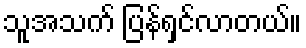
သူအသက် ပြန်ရှင်လာတယ်။